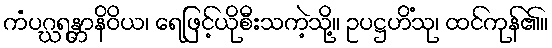
ကံပဂ္ဃရန္တာနိဝိယ၊ ရေဖြင့်ယိုစီးသကဲ့သို့။ ဥပဋ္ဌဟိံသု၊ ထင်ကုန်၏။